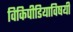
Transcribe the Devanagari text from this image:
विकिपीडियाविषयी